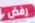
رفض